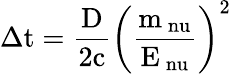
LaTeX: \mathrm{\Delta t=\frac{D}{2c}\left(\frac{m_{\ nu}}{E_{\ nu}}\right)^{2}}